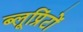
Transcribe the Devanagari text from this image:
ब्लूप्रिंटों